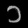
Digit: ၁